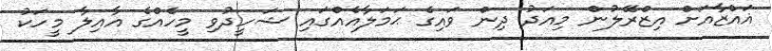
ޣައްޒާއަށް އިޒްރޭލުން މިއަދު ދިން ވައިގެ ޙަމަލާއެއްގައި ޝަހީދުވި މީހެއްގެ އާއިލާ މީހަކު